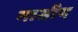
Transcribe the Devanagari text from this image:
मासीय